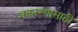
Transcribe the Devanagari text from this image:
अवतरणासाठी